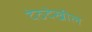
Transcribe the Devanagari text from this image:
देठदेखील